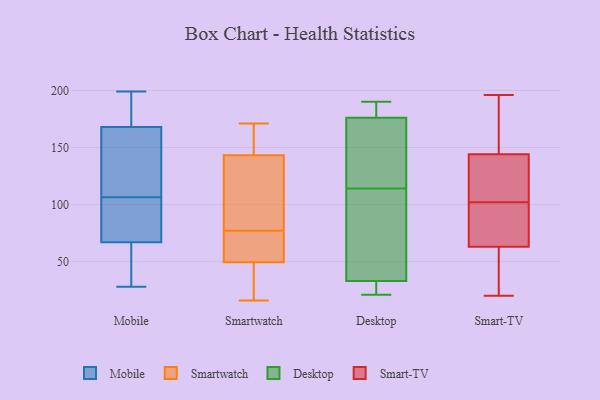
{"axis": {"x": "Energy Usage (MWh)", "y": "Value"}, "legend": ["Desktop", "Mobile", "Smart-TV", "Smartwatch"], "data": [{"x": "", "y": 174, "type": "Mobile"}, {"x": "", "y": 36, "type": "Mobile"}, {"x": "", "y": 64, "type": "Mobile"}, {"x": "", "y": 162, "type": "Mobile"}, {"x": "", "y": 108, "type": "Mobile"}, {"x": "", "y": 37, "type": "Mobile"}, {"x": "", "y": 70, "type": "Mobile"}, {"x": "", "y": 28, "type": "Mobile"}, {"x": "", "y": 196, "type": "Mobile"}, {"x": "", "y": 84, "type": "Mobile"}, {"x": "", "y": 191, "type": "Mobile"}, {"x": "", "y": 112, "type": "Mobile"}, {"x": "", "y": 91, "type": "Mobile"}, {"x": "", "y": 183, "type": "Mobile"}, {"x": "", "y": 114, "type": "Mobile"}, {"x": "", "y": 79, "type": "Mobile"}, {"x": "", "y": 105, "type": "Mobile"}, {"x": "", "y": 40, "type": "Mobile"}, {"x": "", "y": 117, "type": "Mobile"}, {"x": "", "y": 199, "type": "Mobile"}, {"x": "", "y": 164, "type": "Smartwatch"}, {"x": "", "y": 85, "type": "Smartwatch"}, {"x": "", "y": 60, "type": "Smartwatch"}, {"x": "", "y": 171, "type": "Smartwatch"}, {"x": "", "y": 103, "type": "Smartwatch"}, {"x": "", "y": 64, "type": "Smartwatch"}, {"x": "", "y": 66, "type": "Smartwatch"}, {"x": "", "y": 31, "type": "Smartwatch"}, {"x": "", "y": 77, "type": "Smartwatch"}, {"x": "", "y": 168, "type": "Smartwatch"}, {"x": "", "y": 34, "type": "Smartwatch"}, {"x": "", "y": 157, "type": "Smartwatch"}, {"x": "", "y": 152, "type": "Smartwatch"}, {"x": "", "y": 117, "type": "Smartwatch"}, {"x": "", "y": 91, "type": "Smartwatch"}, {"x": "", "y": 16, "type": "Smartwatch"}, {"x": "", "y": 31, "type": "Smartwatch"}, {"x": "", "y": 67, "type": "Smartwatch"}, {"x": "", "y": 46, "type": "Smartwatch"}, {"x": "", "y": 30, "type": "Desktop"}, {"x": "", "y": 86, "type": "Desktop"}, {"x": "", "y": 21, "type": "Desktop"}, {"x": "", "y": 142, "type": "Desktop"}, {"x": "", "y": 156, "type": "Desktop"}, {"x": "", "y": 50, "type": "Desktop"}, {"x": "", "y": 154, "type": "Desktop"}, {"x": "", "y": 176, "type": "Desktop"}, {"x": "", "y": 190, "type": "Desktop"}, {"x": "", "y": 187, "type": "Desktop"}, {"x": "", "y": 33, "type": "Desktop"}, {"x": "", "y": 185, "type": "Desktop"}, {"x": "", "y": 22, "type": "Desktop"}, {"x": "", "y": 63, "type": "Desktop"}, {"x": "", "y": 196, "type": "Smart-TV"}, {"x": "", "y": 27, "type": "Smart-TV"}, {"x": "", "y": 71, "type": "Smart-TV"}, {"x": "", "y": 50, "type": "Smart-TV"}, {"x": "", "y": 76, "type": "Smart-TV"}, {"x": "", "y": 181, "type": "Smart-TV"}, {"x": "", "y": 110, "type": "Smart-TV"}, {"x": "", "y": 144, "type": "Smart-TV"}, {"x": "", "y": 127, "type": "Smart-TV"}, {"x": "", "y": 98, "type": "Smart-TV"}, {"x": "", "y": 100, "type": "Smart-TV"}, {"x": "", "y": 20, "type": "Smart-TV"}, {"x": "", "y": 153, "type": "Smart-TV"}, {"x": "", "y": 104, "type": "Smart-TV"}, {"x": "", "y": 63, "type": "Smart-TV"}, {"x": "", "y": 129, "type": "Smart-TV"}, {"x": "", "y": 162, "type": "Smart-TV"}, {"x": "", "y": 62, "type": "Smart-TV"}]}